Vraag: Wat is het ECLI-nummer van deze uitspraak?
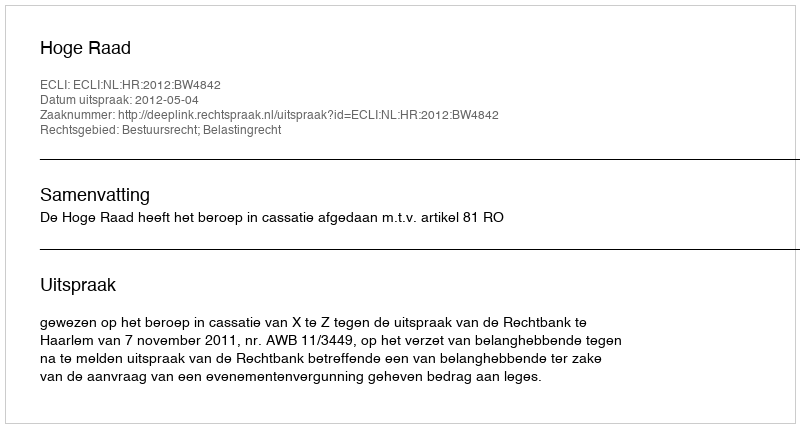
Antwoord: ECLI:NL:HR:2012:BW4842